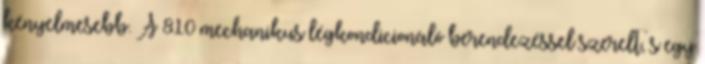
kényelmesebb. A 810 mechanikus légkondicionáló berendezéssel szerelt, s egy